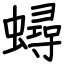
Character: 蟳